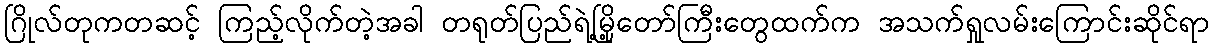
ဂြိုလ်တုကတဆင့် ကြည့်လိုက်တဲ့အခါ တရုတ်ပြည်ရဲ့မြို့တော်ကြီးတွေထက်က အသက်ရှုလမ်းကြောင်းဆိုင်ရာ